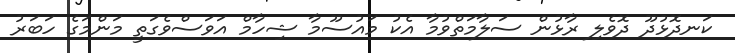
ކަނދޮޅުދޫ ދޮވެލި ރާޅުން ސަލާމަތްވުމާ އެކު މައުސޫމާ ޝިހާމް އަވަސްވެގަތީ މަންމަގެ ހަބަރު